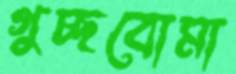
গুচ্ছবোমা